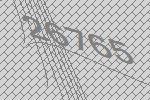
26765